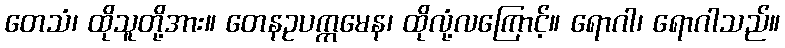
တေသံ၊ ထိုသူတို့အား။ တေနဥပက္ကမေန၊ ထိုလုံ့လကြောင့်။ ရောဂါ၊ ရောဂါသည်။